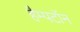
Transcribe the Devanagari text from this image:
हैम्पटॉन